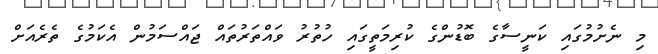
މި ނެށުމުގައި ކަނީސާގެ ބޮޑުންގެ ކުރިމަތީގައި ހުތުރު ވައްތަރުތައް ޖައްސަމުން އެކަމުގެ ތެރެއަށް